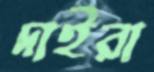
দাইরা